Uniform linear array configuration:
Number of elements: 48
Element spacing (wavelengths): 1
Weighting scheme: hamming
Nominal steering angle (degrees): -30
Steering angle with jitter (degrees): -29.07
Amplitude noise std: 0.05
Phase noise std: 0.05

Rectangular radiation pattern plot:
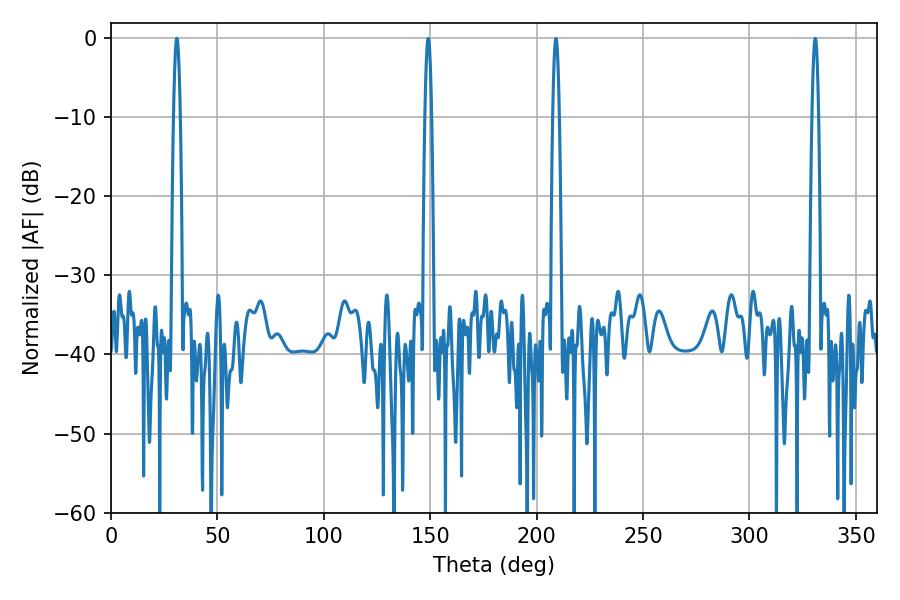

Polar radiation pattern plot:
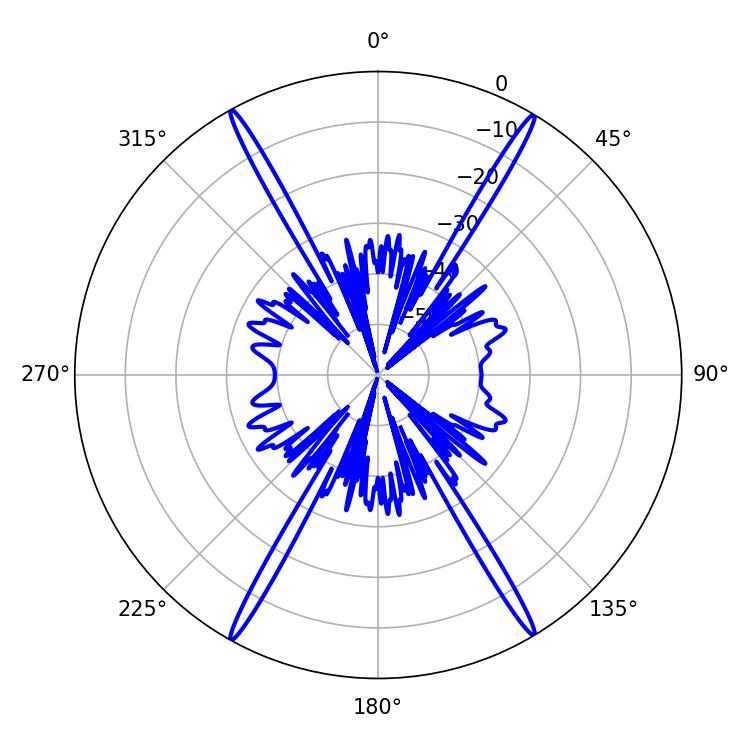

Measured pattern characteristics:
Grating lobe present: TRUE
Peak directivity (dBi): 29.156
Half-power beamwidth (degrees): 1.8
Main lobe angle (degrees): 30.96